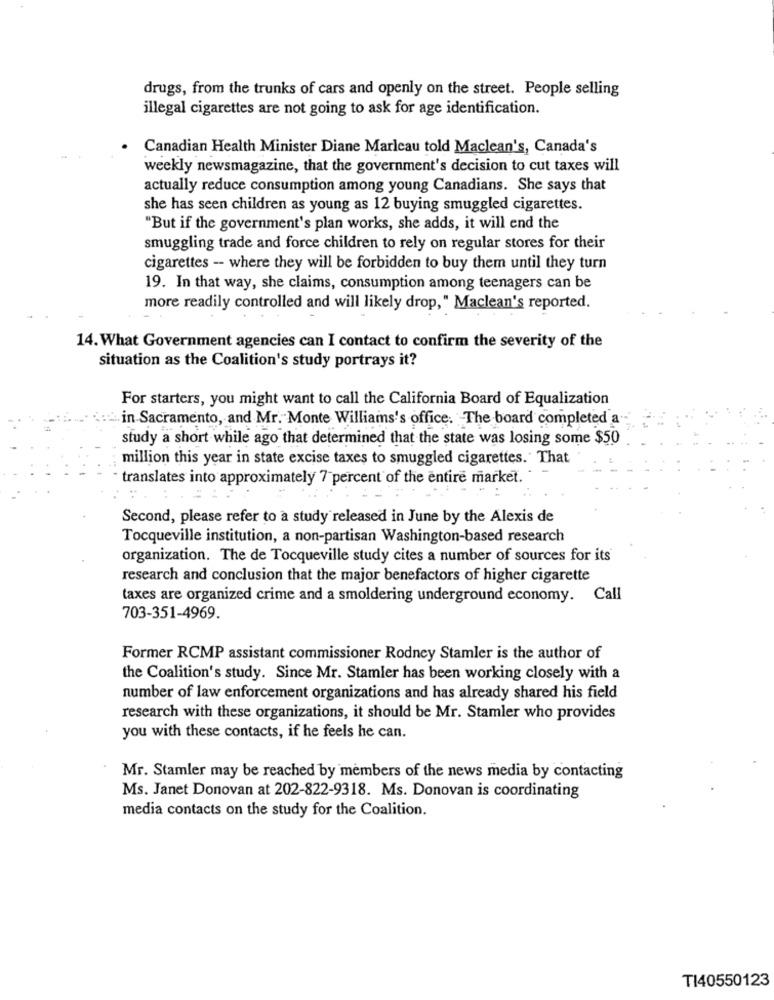
drugs, from the trunks of cars and openly on the street. People selling
illegal cigarettes are not going to ask for age identification.
Canadian Health Minister Diane Marleau told Maclean's, Canada's
weekly newsmagazine, that the government's decision to cut taxes will
actually reduce consumption among young Canadians. She says that
she has seen children as young as 12 buying smuggled cigarettes.
"But if the government's plan works, she adds, it will end the
smuggling trade and force children to rely on regular stores for their
cigarettes - where they will be forbidden to buy them until they turn
19. In that way, she claims, consumption among teenagers can be
more readily controlled and will likely drop," Maclean's reported.
14. What Government agencies can I contact to confirm the severity of the
situation as the Coalition's study portrays it?
For starters, you might want to call the California Board of Equalization
:in Sacramento, and Mr. Monte Williams's office. The board completed a
study a short while ago that determined that the state was losing some $50
million this year in state excise taxes to smuggled cigarettes. That
translates into approximately 7 percent of the entire market.
Second, please refer to a study released in June by the Alexis de
Tocqueville institution, a non-partisan Washington-based research
organization. The de Tocqueville study cites a number of sources for its
research and conclusion that the major benefactors of higher cigarette
taxes are organized crime and a smoldering underground economy. Call
703-351-4969.
Former RCMP assistant commissioner Rodney Stamler is the author of
the Coalition's study. Since Mr. Stamler has been working closely with a
number of law enforcement organizations and has already shared his field
research with these organizations, it should be Mr. Stamler who provides
you with these contacts, if he feels he can.
Mr. Stamler may be reached by members of the news media by contacting
Ms. Janet Donovan at 202-822-9318. Ms. Donovan is coordinating
media contacts on the study for the Coalition.
TI40550123